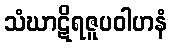
သံဃာဋိရဇူပဝါဟနံ